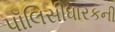
પૉલિસીધારકની